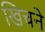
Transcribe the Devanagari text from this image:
खिचनें